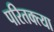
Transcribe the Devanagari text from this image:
परितक्त्या